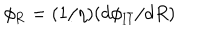
\phi _ { \mathrm { R } } = ( 1 / \eta ) ( d \phi _ { \mathrm { I \bar { I } } } / d R )